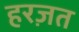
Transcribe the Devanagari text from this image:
हरज़त